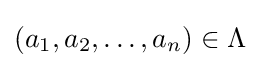
(a_{1},a_{2},\ldots ,a_{n})\in \Lambda